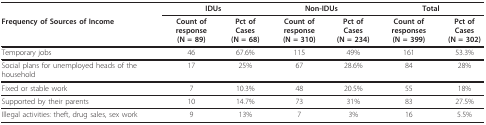
|  | <COLSPAN=2> IDUs | <COLSPAN=2> Non-IDUs | <COLSPAN=2> Total |
 | Frequency of Sources of Income | Count of response(N = 89) | Pct of Cases(N = 68) | Count of response(N = 310) | Pct of Cases(N = 234) | Count of responses(N = 399) | Pct of Cases(N = 302) |
 | --- | --- | --- | --- | --- | --- | --- |
 | Temporary jobs | 46 | 67.6% | 115 | 49% | 161 | 53.3% |
 | Social plans for unemployed heads of the household | 17 | 25% | 67 | 28.6% | 84 | 28% |
 | Fixed or stable work | 7 | 10.3% | 48 | 20.5% | 55 | 18% |
 | Supported by their parents | 10 | 14.7% | 73 | 31% | 83 | 27.5% |
 | Illegal activities: theft, drug sales, sex work | 9 | 13% | 7 | 3% | 16 | 5.5% |